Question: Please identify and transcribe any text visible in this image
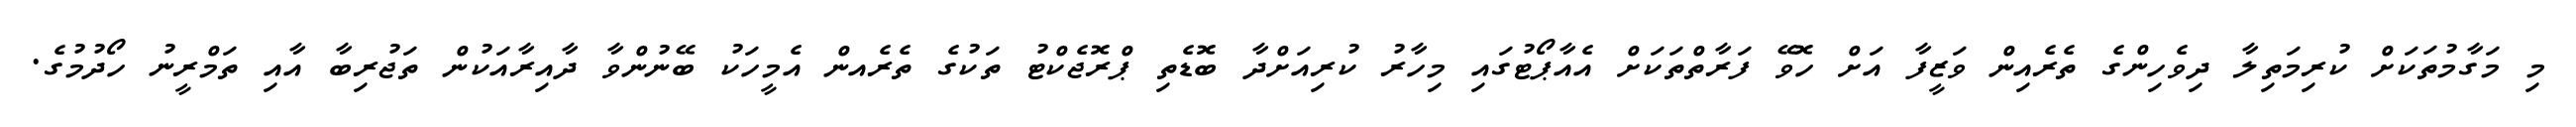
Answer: މި މަގާމުތަކަށް ކުރިމަތިލާ ދިވެހިންގެ ތެރެއިން ވަޒީފާ އަށް ހޮވޭ ފަރާތްތަކަށް އެއާޕޯޓުގައި މިހާރު ކުރިއަށްދާ ބޮޑެތި ޕްރޮޖެކްޓު ތަކުގެ ތެރެއން އެމީހަކު ބޭނުންވާ ދާއިރާއަކުން ތަޖުރިބާ އާއި ތަމްރީނު ހޯދުމުގެ.